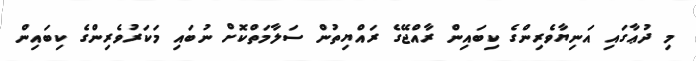
މި ދުޢާގައި އަނިޔާވެރިންގެ ކިބައިން ރާއްޖޭގެ ރައްޔިތުން ސަލާމަތްކޮށް ނުބައި މަކަރުވެރިންގެ ކިބައިން